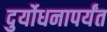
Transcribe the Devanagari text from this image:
दुर्योधनापर्यंत